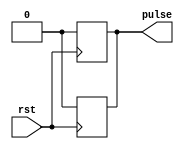

`timescale 1ps/1ps

module RingOscillator#(parameter InverterCount = 5, parameter InverterDelay = 20)(input rst, output reg pulse);

    reg [InverterCount:0]w;
    integer i;
    always @(pulse) begin
        for (i = 0; i < InverterCount; i = i + 1) begin
            #(InverterDelay) w[i+1] = ~w[i];
        end
        w[0] = w[InverterCount];
    end

    always @(posedge rst)begin
        w[0] = 1'b0;
        w[InverterCount] = 1'b0;
    end

    always @(w[0]) begin
        pulse = w[0];
    end
    
endmodule